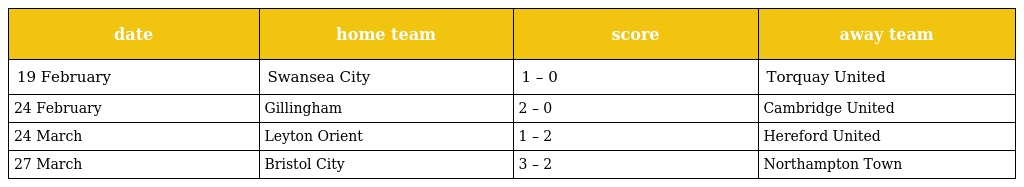
| date | home team | score | away team |
 | --- | --- | --- | --- |
 | 19 February | Swansea City | 1 – 0 | Torquay United |
 | 24 February | Gillingham | 2 – 0 | Cambridge United |
 | 24 March | Leyton Orient | 1 – 2 | Hereford United |
 | 27 March | Bristol City | 3 – 2 | Northampton Town |